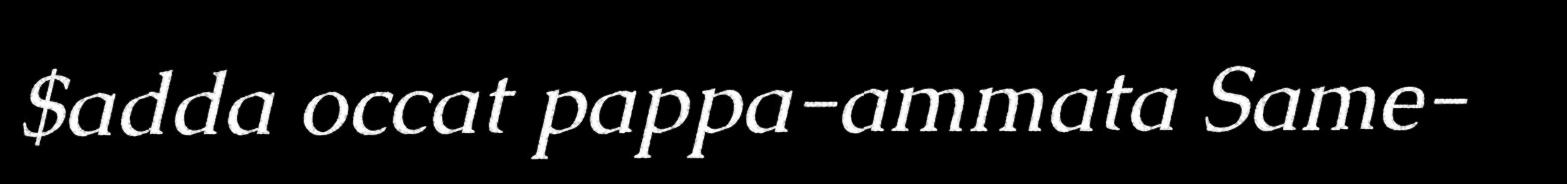
$adda occat pappa-ammata Same-